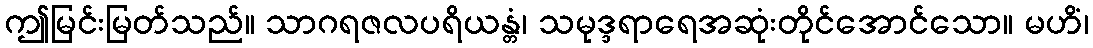
ဤမြင်းမြတ်သည်။ သာဂရဇလပရိယန္တံ၊ သမုဒ္ဒရာရေအဆုံးတိုင်အောင်သော။ မဟိံ၊